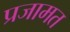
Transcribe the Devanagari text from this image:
प्रजामत